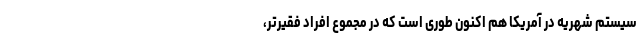
سیستم شهریه در آمریکا هم اکنون طوری است که در مجموع افراد فقیرتر،